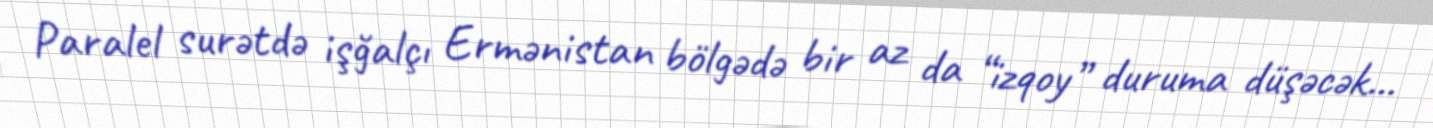
Paralel surətdə işğalçı Ermənistan bölgədə bir az da “izqoy” duruma düşəcək...